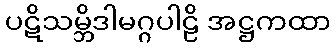
ပဋိသမ္ဘိဒါမဂ္ဂပါဠိ အဋ္ဌကထာ